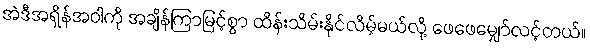
အဲဒီအရှိန်အဝါကို အချိန်ကြာမြင့်စွာ ထိန်းသိမ်းနိုင်လိမ့်မယ်လို့ ဖေဖေမျှော်လင့်တယ်။